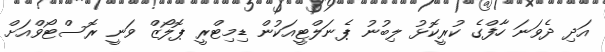
އަދި ދެވަނަ ހާފްގެ ކުރީކޮޅު ލިބުނު ޕެނަލްޓީއަކުން ޑިމިޓްރީ ޕޮލޯޒް ވަނީ ރޮސްޓޯވްއަށް